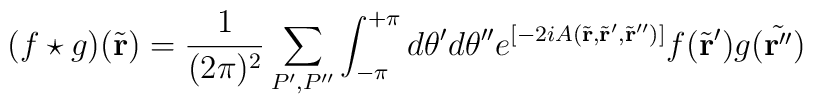
(f \star g)(\tilde{\bf r}) =  \frac{1}{(2\pi )^2}\sum_{P', P''}\int_{-\pi}^{+\pi} d\theta 'd \theta '' e^{[-2iA(\tilde{\bf r}, \tilde{\bf r} ', \tilde{\bf r} '')]}f(\tilde{\bf r}') g (\tilde{\bf r''})